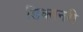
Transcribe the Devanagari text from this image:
डिक्सनरी